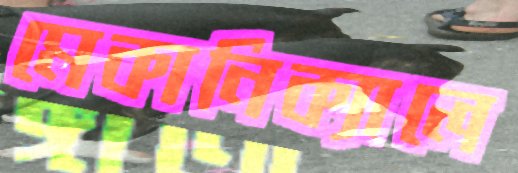
মেকানিক্যালে